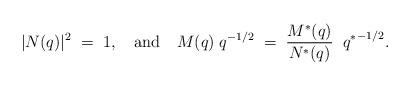
LaTeX: \begin{align*}|N(q)|^2\; =\; 1, \quad \mbox{and} \quad M(q)\;q^{-1/2}\;= \;\frac{M^{*}(q)}{N^{*}(q)} \;\; {q^{*}}^{-1/2}.\end{align*}